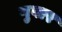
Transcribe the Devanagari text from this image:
गुवार